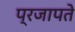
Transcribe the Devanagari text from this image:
प्रजापते